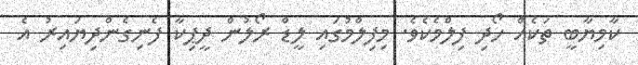
ކާމިޔާބީ ތަކެއް ހޯދި ފިލްމެކެވެ. މިފިލްމުގައި ލީޑް ރޯލުން ދީޕިކާ ފެނިގެންދިޔައިރު އެ